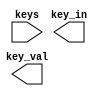

// @file keyenc.v
// @brief 
// @author Yusuke Matsunaga ( )
//
// Copyright (C) 2019 Yusuke Matsunaga
// All rights reserved.
//
// []
// 16
//
// []
// keys: 
// key_in: 1
// key_val: (0 - 15)
module keyenc(input [15:0] keys,
	      output 	   key_in,
	      output [3:0] key_val);

endmodule // keyenc